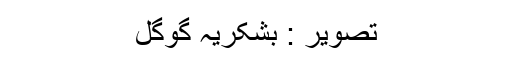
تصویر : بشکریہ گوگل